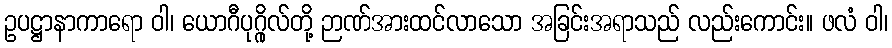
ဥပဋ္ဌာနာကာရော ဝါ၊ ယောဂီပုဂ္ဂိုလ်တို့ ဉာဏ်အားထင်လာသော အခြင်းအရာသည် လည်းကောင်း။ ဖလံ ဝါ၊